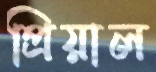
প্রিয়াল